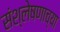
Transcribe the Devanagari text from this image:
संश्लेषणाच्या